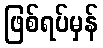
ဖြစ်ရပ်မှန်